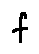
f